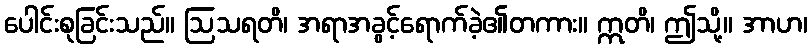
ပေါင်းစုခြင်းသည်။ ဩသရတိ၊ အရာအခွင့်ရောက်ခဲ့၏တကား။ ဣတိ၊ ဤသို့။ အာဟ၊